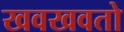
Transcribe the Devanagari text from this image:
खवखवतो